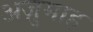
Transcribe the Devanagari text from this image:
अज़ुमाह